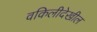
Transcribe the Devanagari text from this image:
वकिलीदेखील